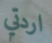
اردتي